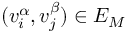
( v _ { i } ^ { \alpha } , v _ { j } ^ { \beta } ) \in E _ { M }